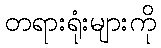
တရားရုံးများကို